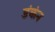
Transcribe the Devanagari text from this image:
डंकंन